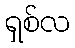
ရှစ်လ